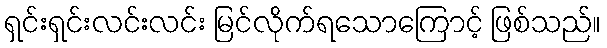
ရှင်းရှင်းလင်းလင်း မြင်လိုက်ရသောကြောင့် ဖြစ်သည်။